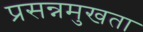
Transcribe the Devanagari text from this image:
प्रसन्नमुखता